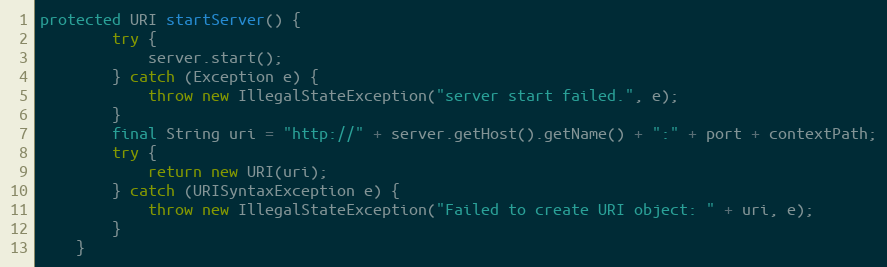
Language: Java
protected URI startServer() {
        try {
            server.start();
        } catch (Exception e) {
            throw new IllegalStateException("server start failed.", e);
        }
        final String uri = "http://" + server.getHost().getName() + ":" + port + contextPath;
        try {
            return new URI(uri);
        } catch (URISyntaxException e) {
            throw new IllegalStateException("Failed to create URI object: " + uri, e);
        }
    }